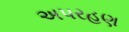
અપરહણ